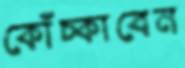
কোঁচ্‌কাবেন